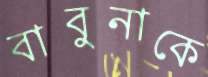
বাবুনাকে